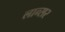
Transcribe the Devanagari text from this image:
लान्सर